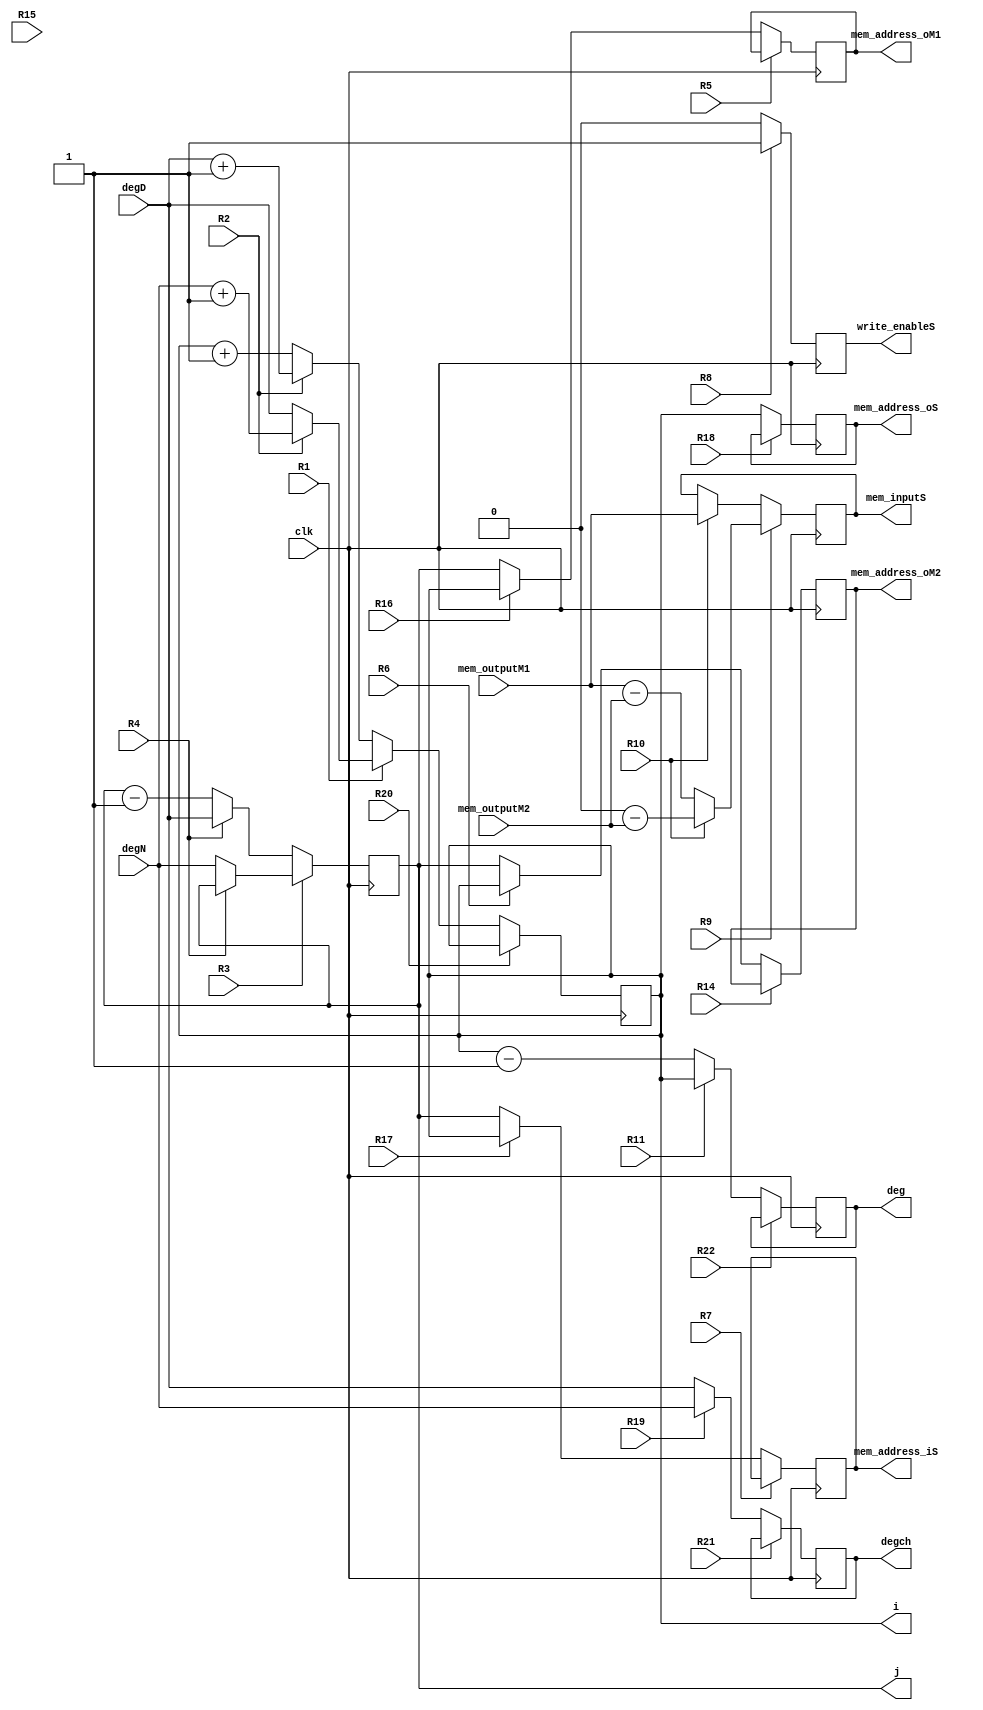
`timescale 1ns / 1ps
//////////////////////////////////////////////////////////////////////////////////
// Company: 
// Engineer: 
// 
// Design Name: 
// Module Name: Subpoly_DP
// Project Name: 
// Target Devices: 
// Tool Versions: 
// Description: 
// 
// Dependencies: 
// 
// Revision:
// Revision 0.01 - File Created
// Additional Comments:
// 
//////////////////////////////////////////////////////////////////////////////////


module Subpoly_DP(
    input clk,
    input R1, R2,R3, R4, R5,R6,R7, R8, R9, R10, R11, R14, R15, R16, R17,R18, R19,R20,R21,R22,
    input [25:0]mem_outputM1,
    input [25:0]mem_outputM2,
    input [10:0]degN, degD,
    output reg[25:0]mem_inputS,
    output reg[10:0]mem_address_iS,
    output reg[10:0]mem_address_oS,
    output reg[10:0]mem_address_oM1,
    output reg[10:0]mem_address_oM2,
    output reg[10:0]j,
    output reg[10:0]i, deg, degch,
    output reg write_enableS 
    );

    wire [25:0] nextmem_inputS;
    wire [10:0] nextmem_addres_iS;
    wire [10:0] nextmem_addres_oS;
    wire [10:0] nextmem_addres_oM1;
    wire [10:0] nextmem_addres_oM2;
    wire [10:0] nexti,nextj, nextdegch;
    wire [10:0] nextdeg;    
    wire nextwrite_enableS;
    
    // Registro M
    always @(posedge clk)
        mem_inputS <= nextmem_inputS;
    // Parte combinacional de M
    assign nextmem_inputS = R9 ? R10 ? (0-mem_outputM2): (mem_outputM1-mem_outputM2) : R10 ? (mem_outputM1): (mem_inputS);
    
    // Registro A
    always @(posedge clk)
        i <= nexti;
    assign nexti = R20 ? i:R1 ? R2 ? (degN+1): (degD) : R2 ? (degD+1): (i+1);
    
    always @(posedge clk)
        mem_address_oM1 <= nextmem_addres_oM1;
    // Parte combinacional de RP
    assign nextmem_addres_oM1 = R5 ? R16 ? mem_address_oM1: mem_address_oM1:R16 ? i : (j);
    
    always @(posedge clk)
        mem_address_oM2 <= nextmem_addres_oM2;
    // Parte combinacional de RP
    assign nextmem_addres_oM2 = R14 ? mem_address_oM2:R6 ? (i): (j);
    
    always @(posedge clk)
        mem_address_iS <= nextmem_addres_iS;
    // Parte combinacional de RP
    assign nextmem_addres_iS =R7 ? R17 ? (mem_address_iS): (mem_address_iS): R17 ? (i): (j);
    
    always @(posedge clk)
    mem_address_oS <= nextmem_addres_oS;
    // Parte combinacional de RP
    assign nextmem_addres_oS = R18 ? (mem_address_oS): (i);
    
    always @(posedge clk)
        degch <= nextdegch;
    // Parte combinacional de M
    assign nextdegch = R21 ? degch:R19 ? (degN):(degD);
    
    always @(posedge clk)
        write_enableS <= nextwrite_enableS;
    // Parte combinacional de RP
    assign nextwrite_enableS = R8 ? (1'b1):(1'b0);
    
    // Registro M
    always @(posedge clk)
        j <= nextj;
    // Parte combinacional de M
    assign nextj =R3 ? R4 ? (j): (degN) : R4 ? (degD): (j-1);
    // Registro M
    always @(posedge clk)
        deg <= nextdeg;
    // Parte combinacional de M
    assign nextdeg = R22 ? deg : R11 ? (i):(i-1);

endmodule